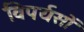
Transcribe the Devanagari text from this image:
विपर्यसों